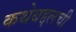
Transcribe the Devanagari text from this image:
कथेबद्दलची